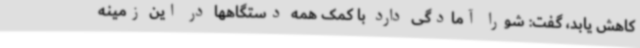
کاهش یابد، گفت: شورا آمادگی دارد با کمک همه دستگاهها در این زمینه